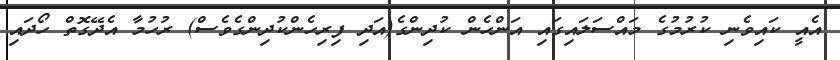
އެއީ ކައިވެނި ކުރުމުގެ މައްސަލައިގައި އަންހެން ކުދިންގެ(އަދި ފިރިހެންކުދިންގެވެސް) ރުހުމާ އެދޭގޮތް ހޯދައި